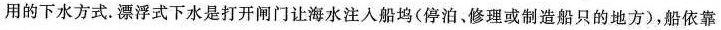
用的下水方式。漂浮式下水是打开闸门让海水注入船坞(停泊、修理或制造船只的地方)，船依靠